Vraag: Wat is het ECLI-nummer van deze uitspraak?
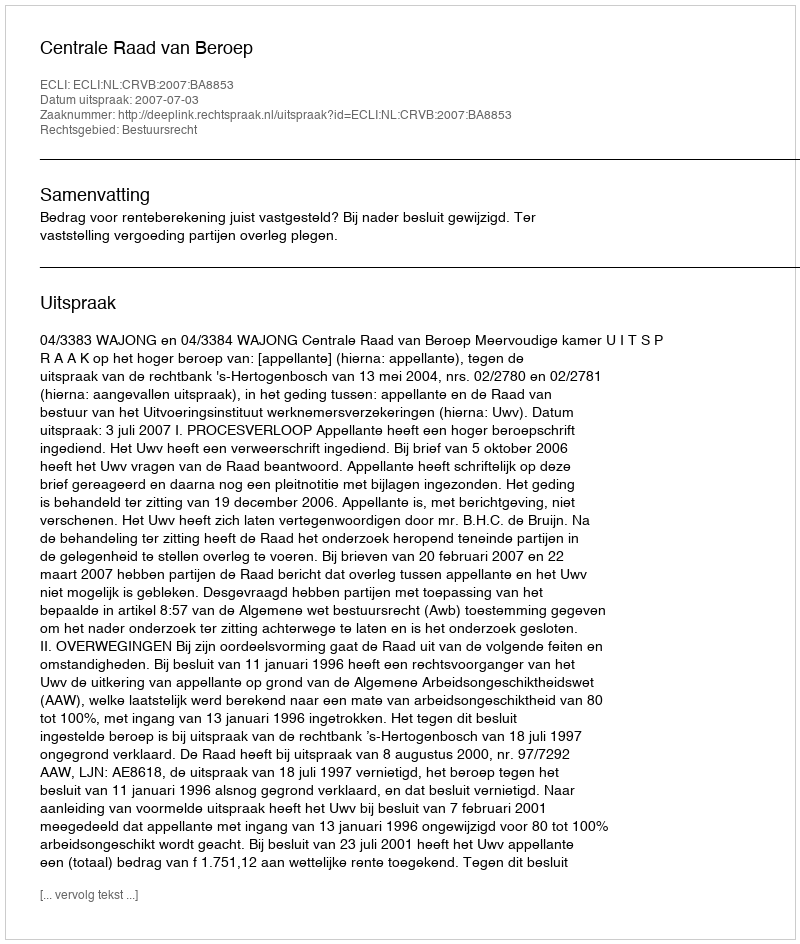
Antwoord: ECLI:NL:CRVB:2007:BA8853